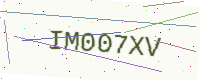
Text: IM007XV